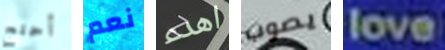
أحتج نعم اهدء يصوب love